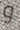
و